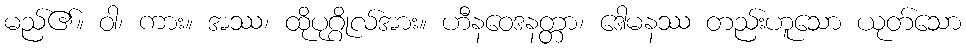
မည်၏။ ဝါ၊ ကား။ အဿ၊ ထိုပုဂ္ဂိုလ်အား။ ဟီနဝေဒနတ္တာ၊ ဒေါမနဿ တည်းဟူသော ယုတ်သော